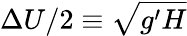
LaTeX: \Delta U/2\equiv\sqrt{g^{\prime}H}